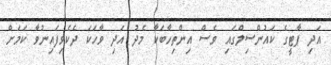
އަދި ޕާޓީގެ ކައުންސިލްގައި ވެސް އިންތިހާބަކާ މެދު އަދި ވާހަކަ ދެކެވިފައިނުވާ ކަމަށް